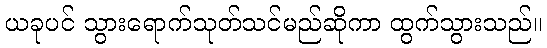
ယခုပင် သွားရောက်သုတ်သင်မည်ဆိုကာ ထွက်သွားသည်။